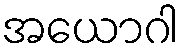
အယောဂါ